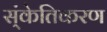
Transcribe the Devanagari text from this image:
स्ंकेतिकरण